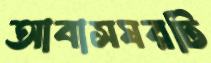
আবাসঘরটি